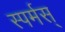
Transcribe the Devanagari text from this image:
स्पर्मस्‌